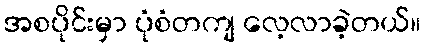
အစပိုင်းမှာ ပုံစံတကျ လေ့လာခဲ့တယ်။